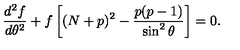
{ \frac { d ^ { 2 } f } { d \theta ^ { 2 } } } + f \left[ ( N + p ) ^ { 2 } - { \frac { p ( p - 1 ) } { \sin ^ { 2 } \theta } } \right] = 0 .